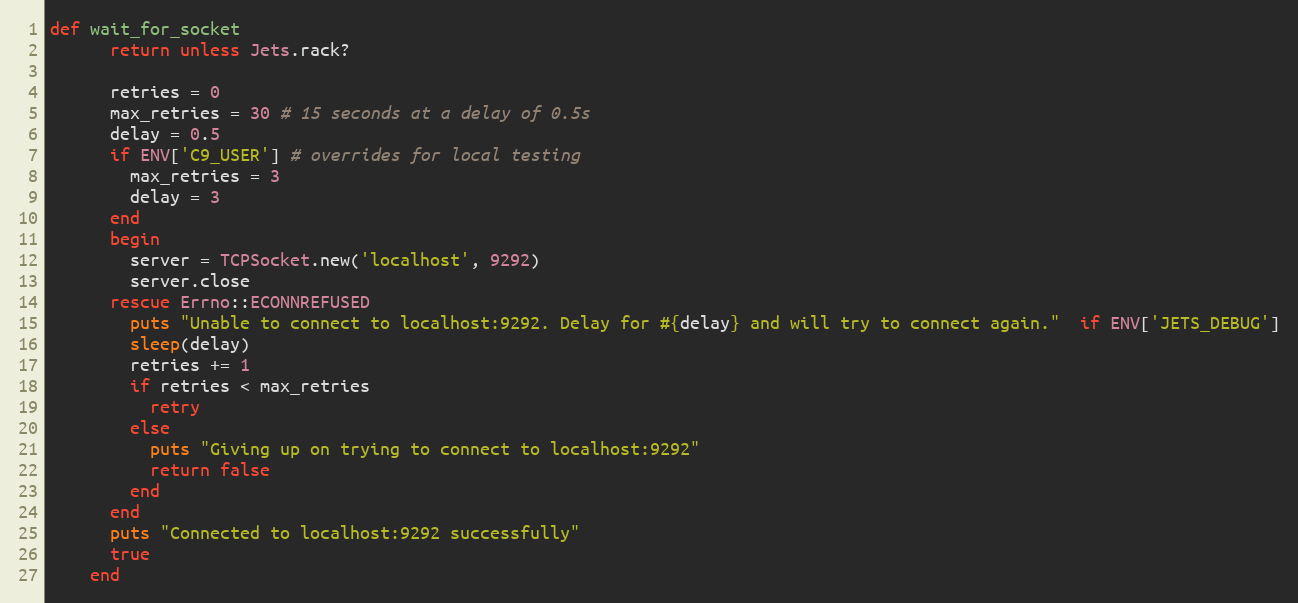
Language: Ruby
def wait_for_socket
      return unless Jets.rack?

      retries = 0
      max_retries = 30 # 15 seconds at a delay of 0.5s
      delay = 0.5
      if ENV['C9_USER'] # overrides for local testing
        max_retries = 3
        delay = 3
      end
      begin
        server = TCPSocket.new('localhost', 9292)
        server.close
      rescue Errno::ECONNREFUSED
        puts "Unable to connect to localhost:9292. Delay for #{delay} and will try to connect again."  if ENV['JETS_DEBUG']
        sleep(delay)
        retries += 1
        if retries < max_retries
          retry
        else
          puts "Giving up on trying to connect to localhost:9292"
          return false
        end
      end
      puts "Connected to localhost:9292 successfully"
      true
    end